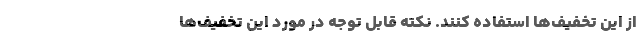
از این تخفیف‌ها استفاده کنند. نکته قابل توجه در مورد این تخفیف‌ها